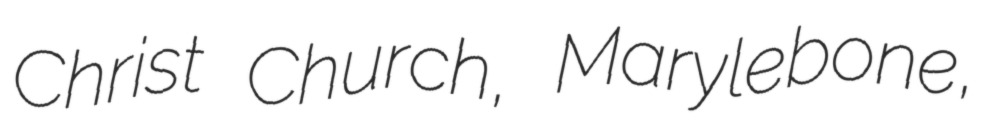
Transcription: Christ Church, Marylebone,